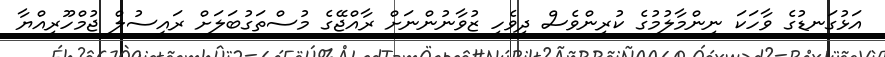
އަޅުގަނޑުގެ ވާހަކަ ނިންމާލުމުގެ ކުރިންވެސް ދިވެހި ޒުވާނުންނަށް ރާއްޖޭގެ މުސްތަގުބަލަށް ރައީސުލް ޖުމްހޫރިއްޔާ